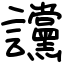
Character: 讜